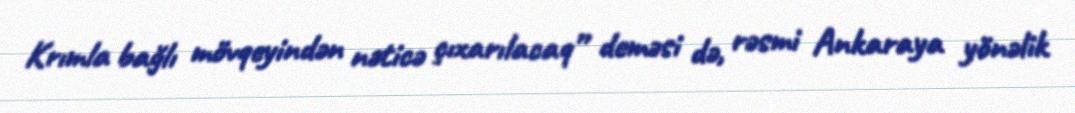
Krımla bağlı mövqeyindən nəticə çıxarılacaq” deməsi də, rəsmi Ankaraya yönəlik